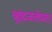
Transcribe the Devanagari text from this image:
बृहदजातीयता